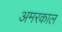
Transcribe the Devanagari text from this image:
अमरकाल